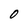
Character: 0